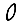
Digit: 0